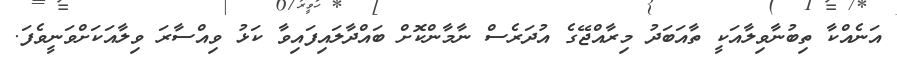
އަނެއްކާ ތިބުނާވިލާއަކީ ތާއަބަދު މިރާއްޖޭގެ އުދަރެސް ނާމާންކޮށް ބައްދާލައިފައިވާ ކަޅު ވިއްސާރަ ވިލާއަކަށްވަނީވެފަ.